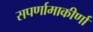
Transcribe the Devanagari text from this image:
सपर्णामाकीर्णां